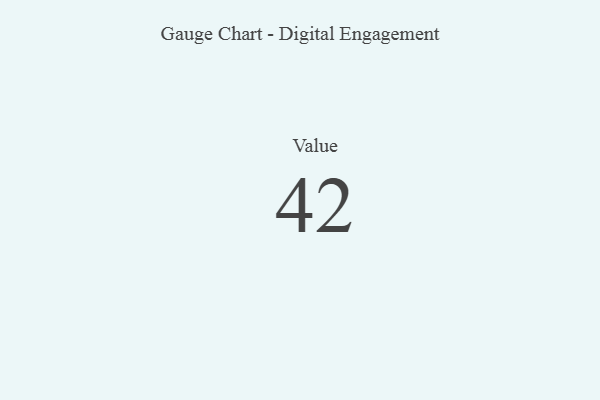
{"axis": {"x": "Metric", "y": "Value"}, "legend": [""], "data": [{"x": "Value", "y": 42, "type": ""}]}